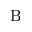
\mathrm { B }